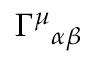
\Gamma ^ { \mu } { } _ { \alpha \beta }